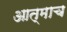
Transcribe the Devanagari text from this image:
आत्माच